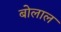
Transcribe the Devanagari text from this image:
बोलाल